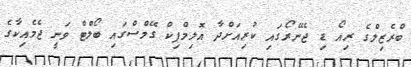
ބްރެޒިލްގެ ރިއޯ ޑި ޖެނޭރޯގައި ކުރިއަށްދާ އޮލިމްޕިކް ގޭމްސްގައި ބޯލްޓް ވަނީ ޖެމެއިކާގެ